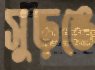
সুড়ঙে